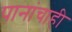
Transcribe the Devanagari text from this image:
पानांचाही